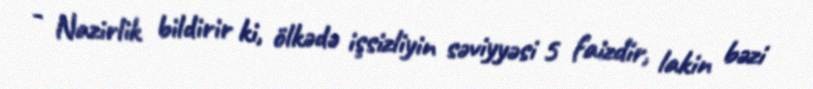
- Nazirlik bildirir ki, ölkədə işsizliyin səviyyəsi 5 faizdir, lakin bəzi